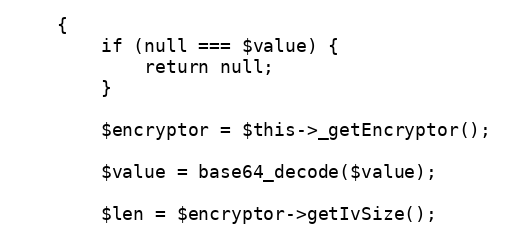
Language: PHP
    {
        if (null === $value) {
            return null;
        }

        $encryptor = $this->_getEncryptor();

        $value = base64_decode($value);

        $len = $encryptor->getIvSize();